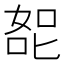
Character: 㖲